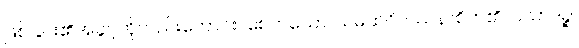
ဖြစ်ခြင်း၏အခွင့်ကိုလည်းကောင်း။ စေတသော၊ သမထဝိပဿနာစိတ်၏။ ပသာဒဉ္စ၊